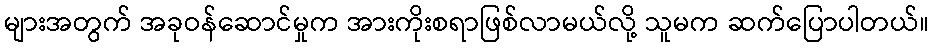
များအတွက် အခုဝန်ဆောင်မှုက အားကိုးစရာဖြစ်လာမယ်လို့ သူမက ဆက်ပြောပါတယ်။